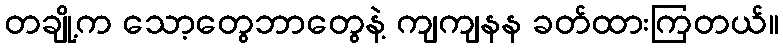
တချို့က သော့တွေဘာတွေနဲ့ ကျကျနန ခတ်ထားကြတယ်။